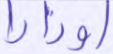
أوزارا